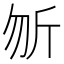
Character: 𭅉